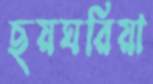
ছয়ঘরিয়া